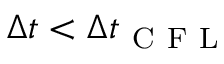
\Delta t < \Delta t _ { \mathrm { ~ C ~ F ~ L ~ } }